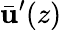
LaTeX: \bar{\mathbf{u}}^{\prime}(z)